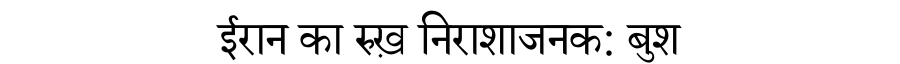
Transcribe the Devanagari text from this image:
ईरान का रुख़ निराशाजनक: बुश